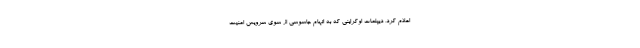
اعلام کرد، دیپلمات اوکراینی که به اتهام جاسوسی از سوی سرویس امنیت